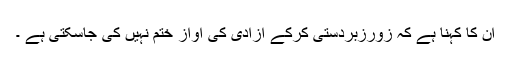
ان کا کہنا ہے کہ زورزبردستی کرکے آزادی کی آواز ختم نہیں کی جاسکتی ہے ۔